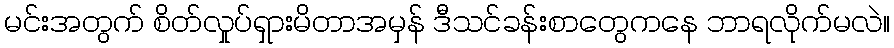
မင်းအတွက် စိတ်လှုပ်ရှားမိတာအမှန် ဒီသင်ခန်းစာတွေကနေ ဘာရလိုက်မလဲ။